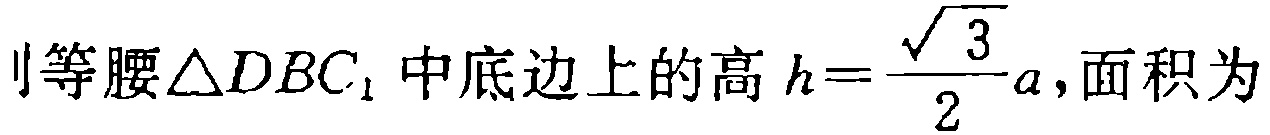
则等腰$\triangle DBC_{1}$中底边上的高$h = \frac{\sqrt{3}}{2}a$,面积为